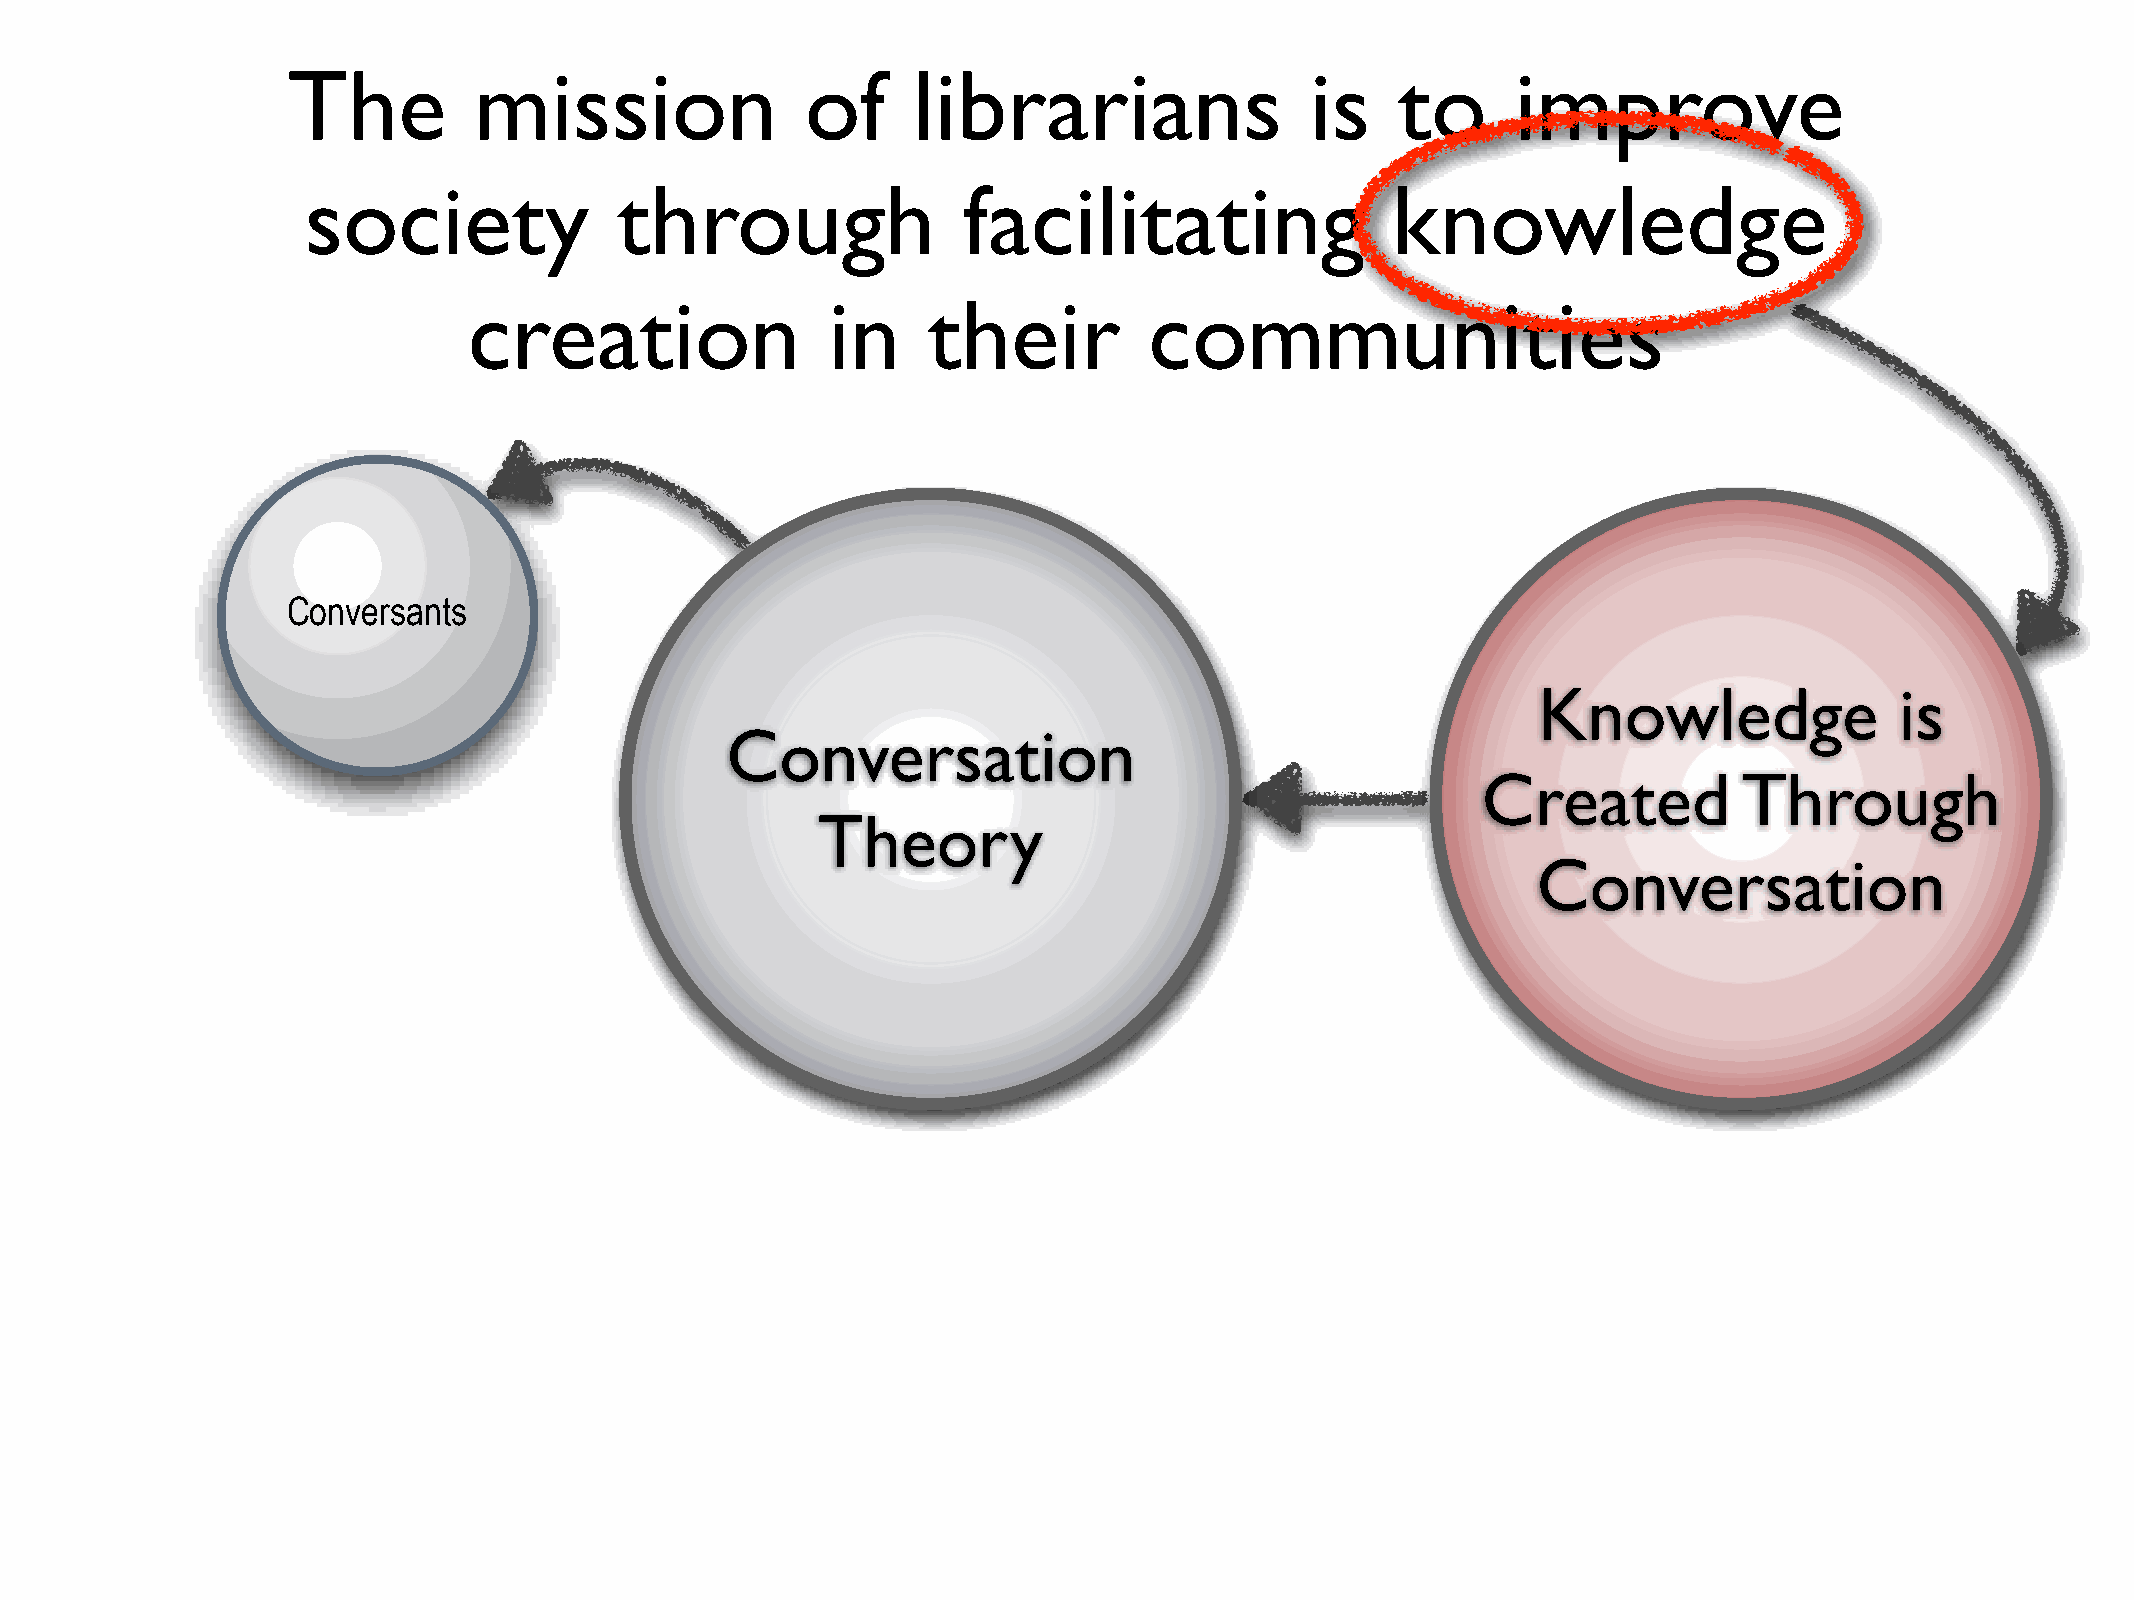
The         mission               of     librarians                 is    to     improve
 society              through                facilitating                knowledge
 creation                in    their          communities
 Conversants
 Knowledge               is
 Conversation
 Created          Through
 Theory
 Conversation